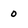
Character: 0